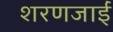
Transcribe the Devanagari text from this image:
शरणजाईं